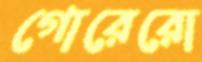
গোরেরো